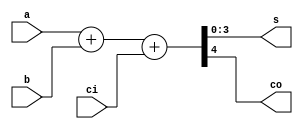
module fa4_mbit(      s,
                      co,
                      a,
                      b,
                      ci     );
                    
output [3:0]   s      ;     // sum
output         co     ;     // carry out

input  [3:0]   a      ;     // input a
input  [3:0]   b      ;     // input b
input          ci     ;     // carry in

assign         {co, s} = a + b + ci   ;

endmodule